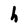
Character: h